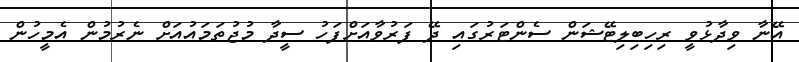
އޭނާ ވިދާޅުވީ ރިހިބިލިޓޭޝަން ސެންޓަރުގައި ދޭ ފަރުވާއަށްފަހު ސީދާ މުޖުތަމައުއަށް ނެރުމުން އެމީހުން